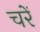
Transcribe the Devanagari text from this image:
चरें